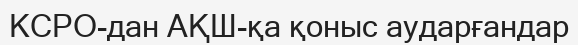
КСРО-дан АҚШ-қа қоныс аударғандар